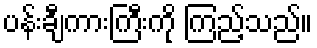
ပန်းချီကားကြီးကို ကြည့်သည်။